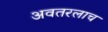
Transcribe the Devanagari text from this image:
अवतरलाच